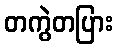
တကွဲတပြား